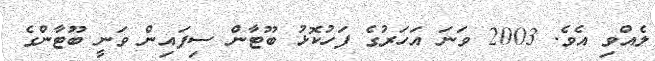
ލެއްވި އެވެ. 2003 ވަނަ އަހަރުގެ ފަހުކޮޅު ބޫޓާން ސިފައިން ވަނީ ބޫޓާންގެ